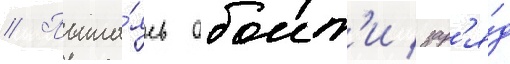
// Пыта́ясь обоит'и зар'я́д